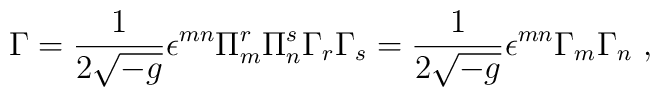
\Gamma = \frac{1}{2 \sqrt{-g}} \epsilon^{mn} \Pi_m^r \Pi_n^s         \Gamma_r \Gamma_s       = \frac{1}{2 \sqrt{-g}} \epsilon^{mn}         \Gamma_m \Gamma_n~,